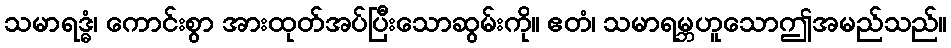
သမာရဒ္ဓံ၊ ကောင်းစွာ အားထုတ်အပ်ပြီးသောဆွမ်းကို။ ဧတံ၊ သမာရမ္ဘဟူသောဤအမည်သည်။